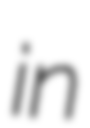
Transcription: in